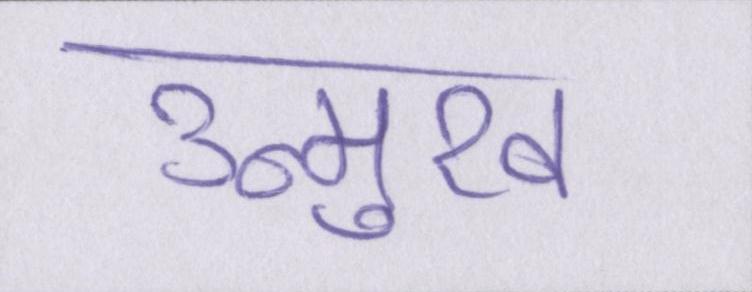
उन्मुख